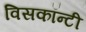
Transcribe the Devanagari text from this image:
विसकॉन्टी